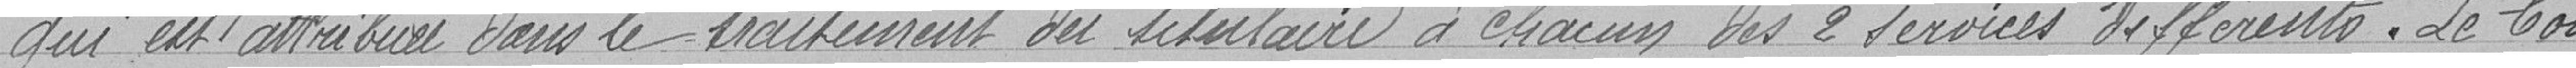
qui est attribuée dans le traitement du titulaire à chacun des  services différents. Le Co